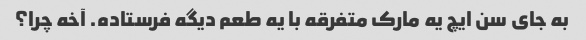
به جای سن ایچ یه مارک متفرقه با یه طعم دیگه فرستاده. آخه چرا؟